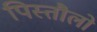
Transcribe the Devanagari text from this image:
पिस्तौलो